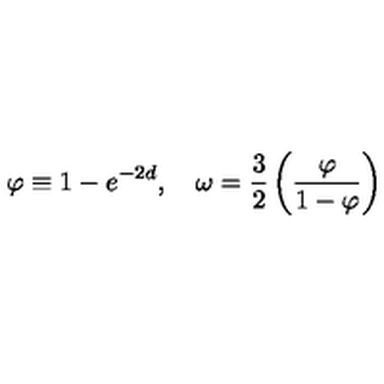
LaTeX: \varphi \equiv 1 - e ^ { - 2 d } , \quad \omega = \frac { 3 } { 2 } \left( \frac { \varphi } { 1 - \varphi } \right)